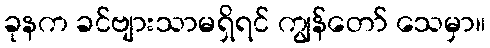
ခုနက ခင်ဗျားသာမရှိရင် ကျွန်တော် သေမှာ။